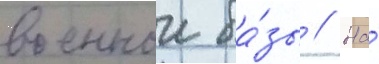
военнои ба́зы // На́